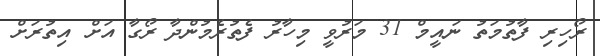
ރޯހިރި ފާތުމަތު ނައީމް 31 މަރުވީ މިހާރު ފެތުރެމުންދާ ރޯގާ އަށް އިތުރަށް